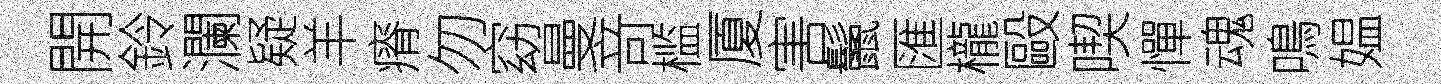
開鈴瀾疑羊瘠勿窈曼竒槛厦害鬛匯櫳毆喫憚魂鳴媪